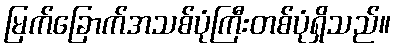
မြက်ခြောက်အသစ်ပုံကြီးတစ်ပုံရှိသည်။